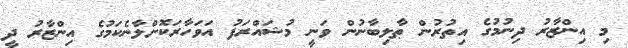
މި އިންޒާރު ދިނުމުގެ އިތުރުން ޠާލިބާނުން ވަނީ މުޝައްރަފު އަވަހާރަކޮށްލާނެކަމުގެ އިންޒާރު ދީ